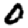
Digit: 0